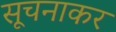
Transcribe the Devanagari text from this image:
सूचनाकर